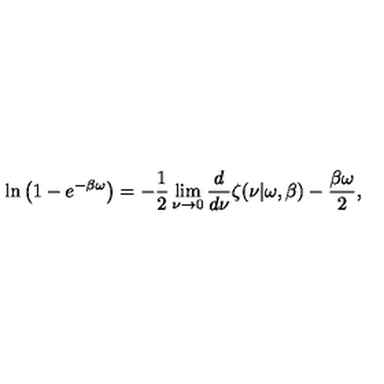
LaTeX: \ln \left( 1 - e ^ { - \beta \omega } \right) = - \frac 1 2 \lim _ { \nu \rightarrow 0 } { \frac { d } { d \nu } } \zeta ( \nu | \omega , \beta ) - { \frac { \beta \omega } { 2 } } ,